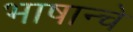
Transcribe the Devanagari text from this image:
भाषान्चे